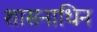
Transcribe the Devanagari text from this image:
शासनाधिन